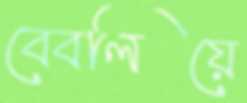
বেবলিয়ে